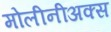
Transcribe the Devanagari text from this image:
मोलीनीअक्स